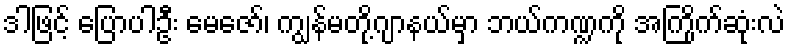
ဒါဖြင့် ပြောပါဦး မေဇော်၊ ကျွန်မတို့ဂျာနယ်မှာ ဘယ်ကဏ္ဍကို အကြိုက်ဆုံးလဲ